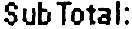
SUB TOTAL: